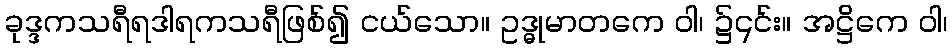
ခုဒ္ဒကသရီရဒါရကသရီဖြစ်၍ ငယ်သော။ ဥဒ္ဓုမာတကေ ဝါ၊ ၌၎င်း။ အဋ္ဌိကေ ဝါ၊